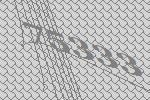
75333